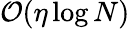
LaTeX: {\cal O}(\eta\log N)